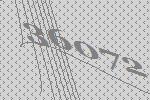
36072